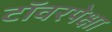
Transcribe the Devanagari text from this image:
टॉवरपेक्षा